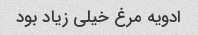
ادویه مرغ خیلی زیاد بود